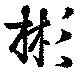
彬